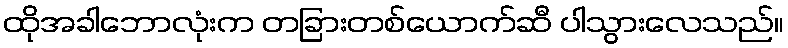
ထိုအခါဘောလုံးက တခြားတစ်ယောက်ဆီ ပါသွားလေသည်။